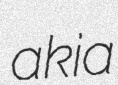
akia